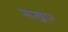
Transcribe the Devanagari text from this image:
सखार